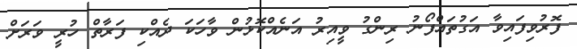
ފޮރުވިފައިވާ އަގުތައްފޯނު ރިންގު ވީއިރު އަނެއްކޮޅުން ވާހަކަ ދެއްކި ފަރާތް ހުރީ ވަރަށް